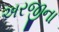
અરજીના